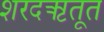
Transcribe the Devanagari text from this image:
शरदऋतूत